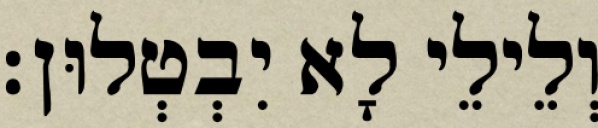
וְלֵילֵי לָא יִבְטְלוּן׃